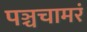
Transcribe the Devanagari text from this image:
पञ्चचामरं